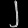
Digit: ၂